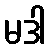
မဒါ